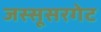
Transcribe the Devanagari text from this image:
जस्सूसरगेट